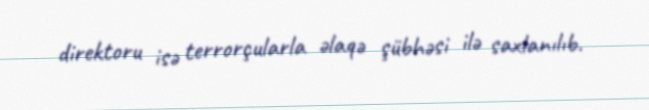
direktoru isə terrorçularla əlaqə şübhəsi ilə saxlanılıb.